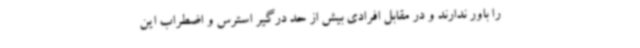
را باور ندارند و در مقابل افرادی بیش از حد درگیر استرس و اضطراب این